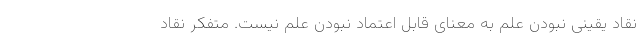
نقاد یقینی نبودن علم به معنای قابل اعتماد نبودن علم نیست. متفکر نقاد